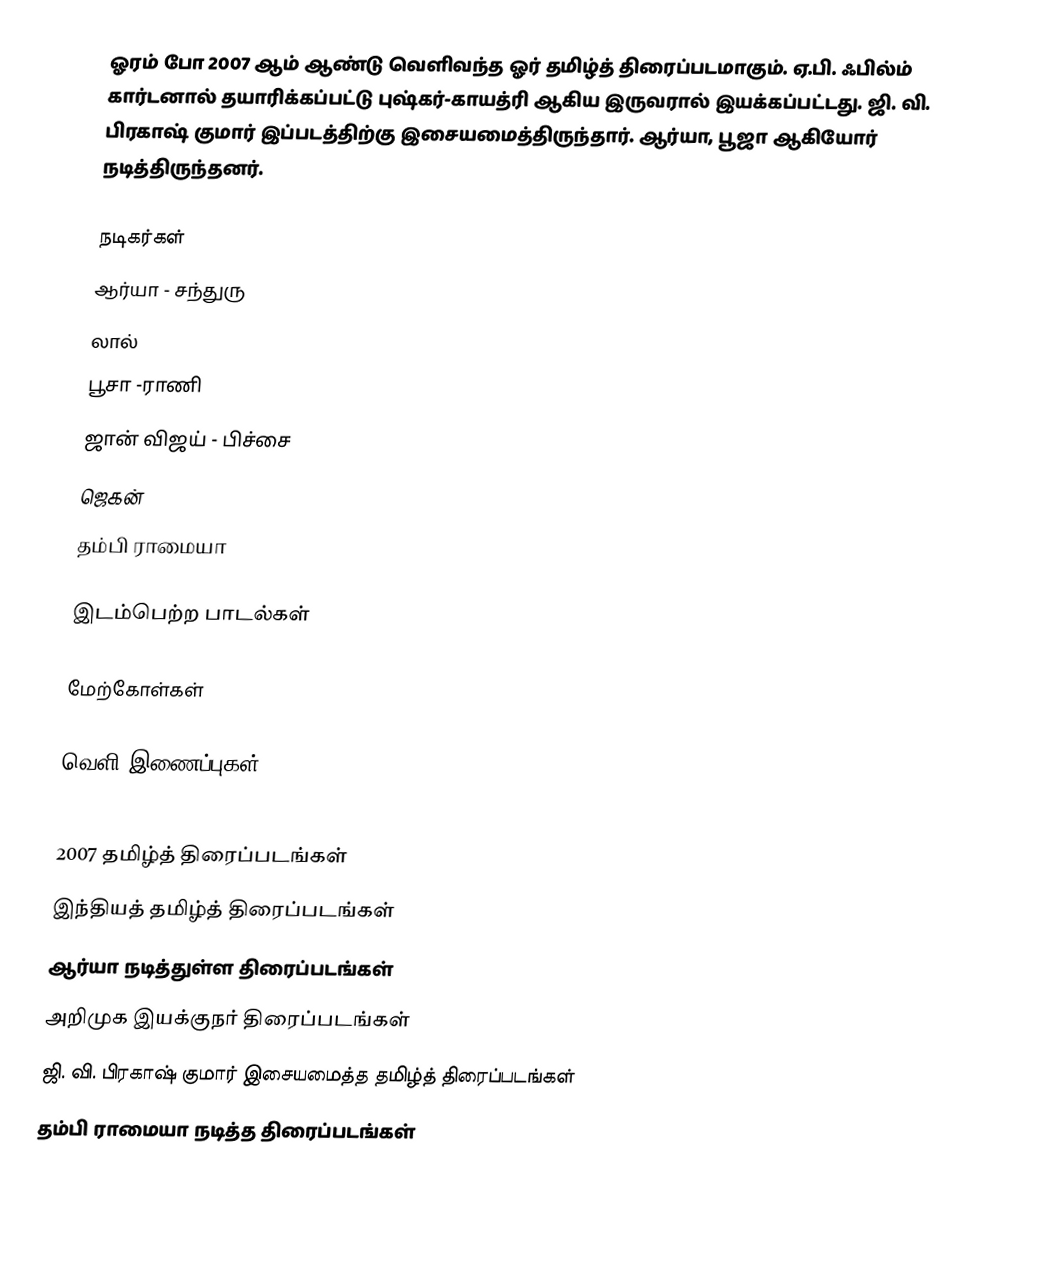
ஓரம் போ 2007 ஆம் ஆண்டு வெளிவந்த ஓர் தமிழ்த் திரைப்படமாகும். ஏ.பி. ஃபில்ம் கார்டனால் தயாரிக்கப்பட்டு புஷ்கர்-காயத்ரி ஆகிய இருவரால் இயக்கப்பட்டது. ஜி. வி. பிரகாஷ் குமார் இப்படத்திற்கு இசையமைத்திருந்தார். ஆர்யா, பூஜா ஆகியோர் நடித்திருந்தனர்.

நடிகர்கள்
 ஆர்யா - சந்துரு
 லால்
 பூசா -ராணி
 ஜான் விஜய் - பிச்சை
 ஜெகன்
 தம்பி ராமையா

இடம்பெற்ற பாடல்கள்

மேற்கோள்கள்

வெளி இணைப்புகள்

2007 தமிழ்த் திரைப்படங்கள்
இந்தியத் தமிழ்த் திரைப்படங்கள்
ஆர்யா நடித்துள்ள திரைப்படங்கள்
அறிமுக இயக்குநர் திரைப்படங்கள்
ஜி. வி. பிரகாஷ் குமார் இசையமைத்த தமிழ்த் திரைப்படங்கள்
தம்பி ராமையா நடித்த திரைப்படங்கள்